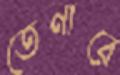
তেনারে